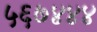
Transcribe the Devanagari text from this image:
५६७४४४